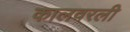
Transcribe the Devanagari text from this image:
कालवरली